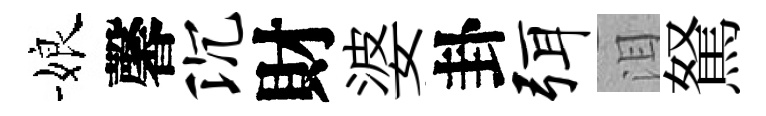
娘馨沉財婆卦弭泪駑